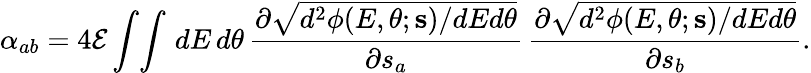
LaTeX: \alpha_{ab}=4{\cal E}\int\! \int\, dE\, d\theta\, \frac{\partial\sqrt{d^{2}\phi(E,\theta;{\mathbf s})/dEd\theta}}{\partial s_{a}}\, \frac{\partial\sqrt{d^{2}\phi(E,\theta;{\mathbf s})/dEd\theta}}{\partial s_{b}}.